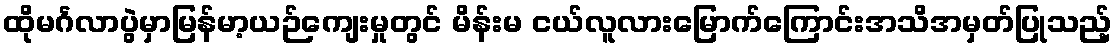
ထိုမင်္ဂလာပွဲမှာမြန်မာ့ယဉ်ကျေးမှုတွင် မိန်းမ ငယ်လူလားမြောက်ကြောင်းအသိအမှတ်ပြုသည့်